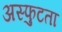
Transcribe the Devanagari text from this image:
अस्फुटता